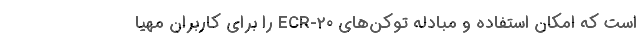
است که امکان استفاده و مبادله توکن‌های ECR-20 را برای کاربران مهیا